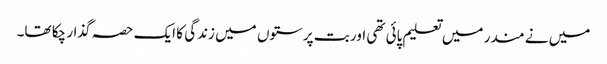
میں نے مندر میں تعلیم پائی تھی اور بت پرستوں میں زندگی کا ایک حصہ گذار چکا تھا۔